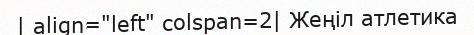
| align="left" colspan=2| Жеңіл атлетика